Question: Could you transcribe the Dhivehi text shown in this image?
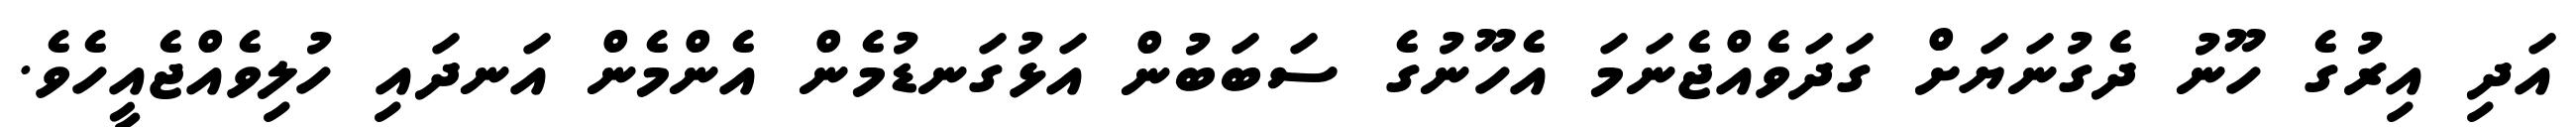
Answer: އަދި އިރުގެ ހޫނު ދެގުނަޔަށް ގަދަވެއްޖެނަމަ އެހޫނުގެ ސަބަބުން އަޅުގަނޑުމެން އެންމެން އަނދައި ހުލިވެއްޖެއީހެވެ.